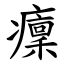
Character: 癛